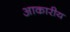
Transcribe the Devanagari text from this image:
आकारीय